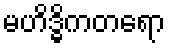
မဟိဒ္ဓိကတရော